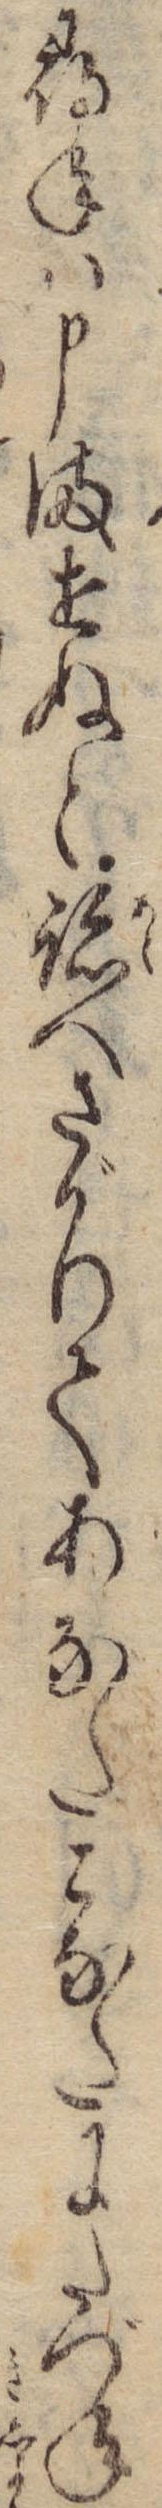
尋ねは申ませぬと跡へさがりてあなたこなたにたづね